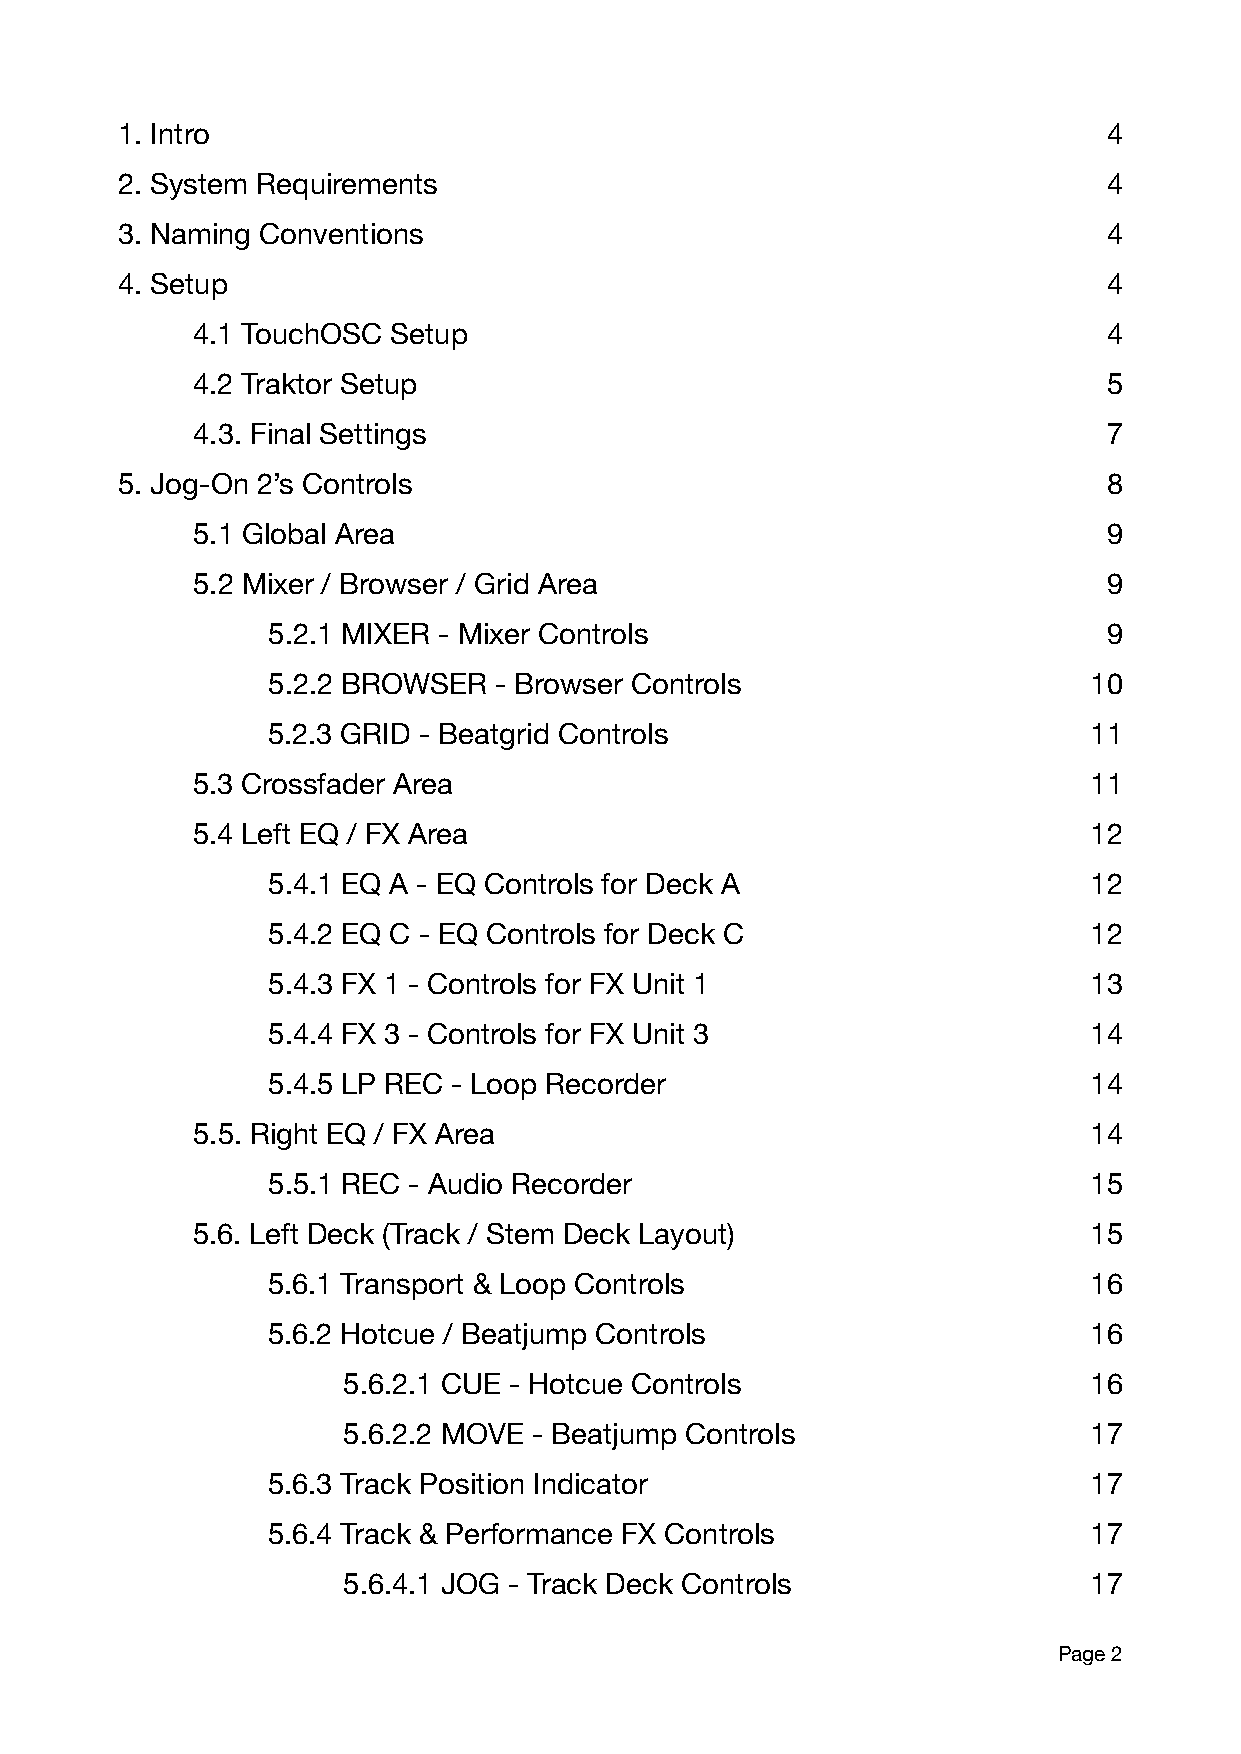
1. Intro                                                         4
 2. System Requirements                                           4
 3. Naming Conventions                                            4
 4. Setup                                                         4
 4.1 TouchOSC Setup                                          4
 4.2 Traktor Setup                                           5
 4.3. Final Settings                                         7
 5. Jog-On 2’s Controls                                           8
 5.1 Global Area                                             9
 5.2 Mixer / Browser / Grid Area                             9
 5.2.1 MIXER - Mixer Controls                           9
 5.2.2 BROWSER  - Browser Controls                     10
 5.2.3 GRID - Beatgrid Controls                        11
 5.3 Crossfader Area                                        11
 5.4 Left EQ / FX Area                                      12
 5.4.1 EQ A - EQ Controls for Deck A                   12
 5.4.2 EQ C - EQ Controls for Deck C                   12
 5.4.3 FX 1 - Controls for FX Unit 1                   13
 5.4.4 FX 3 - Controls for FX Unit 3                   14
 5.4.5 LP REC - Loop Recorder                          14
 5.5. Right EQ / FX Area                                    14
 5.5.1 REC - Audio Recorder                            15
 5.6. Left Deck (Track / Stem Deck Layout)                  15
 5.6.1 Transport & Loop Controls                       16
 5.6.2 Hotcue / Beatjump Controls                      16
 5.6.2.1 CUE - Hotcue Controls                    16
 5.6.2.2 MOVE - Beatjump Controls                 17
 5.6.3 Track Position Indicator                        17
 5.6.4 Track & Performance FX Controls                 17
 5.6.4.1 JOG - Track Deck Controls                17
 Page 2